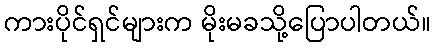
ကားပိုင်ရှင်များက မိုးမခသို့ပြောပါတယ်။